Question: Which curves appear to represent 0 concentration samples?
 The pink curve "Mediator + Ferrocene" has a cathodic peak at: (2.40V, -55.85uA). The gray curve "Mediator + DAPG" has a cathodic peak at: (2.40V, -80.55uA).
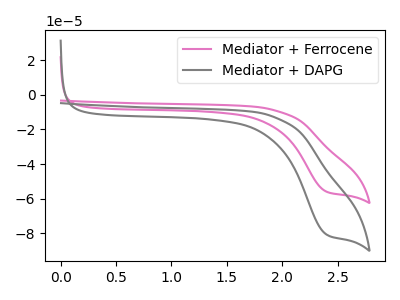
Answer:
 <answer>There are not any CV's on this graph that are likely to be blanks.</answer>
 <eval>none</eval>